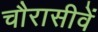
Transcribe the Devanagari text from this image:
चौरासीवें